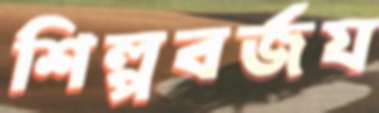
শিল্পবর্জয